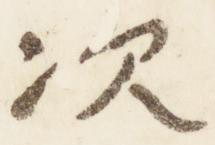
次